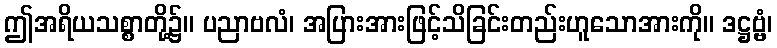
ဤအရိယသစ္စာတို့၌။ ပညာဗလံ၊ အပြားအားဖြင့်သိခြင်းတည်းဟူသောအားကို။ ဒဋ္ဌဗ္ဗံ၊